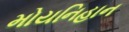
મોયનિહાન